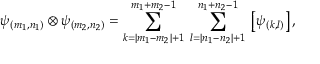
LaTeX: \psi _ { ( m _ { 1 } , n _ { 1 } ) } \otimes \psi _ { ( m _ { 2 } , n _ { 2 } ) } = \sum _ { k = | m _ { 1 } - m _ { 2 } | + 1 } ^ { m _ { 1 } + m _ { 2 } - 1 } \; \sum _ { l = | n _ { 1 } - n _ { 2 } | + 1 } ^ { n _ { 1 } + n _ { 2 } - 1 } \; \left[ \psi _ { ( k , l ) } \right] ,